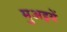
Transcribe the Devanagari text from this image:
मुअइयें